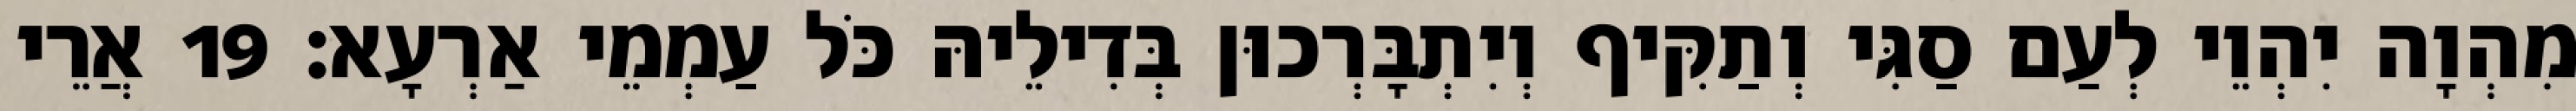
מִהְוָה יִהְוֵי לְעַם סַגִּי וְתַקִּיף וְיִתְבָּרְכוּן בְּדִילֵיהּ כֹּל עַמְמֵי אַרְעָא׃ 19 אֲרֵי